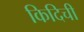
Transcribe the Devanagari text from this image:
किदिची